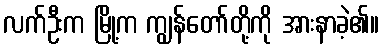
လက်ဦးက မြို့က ကျွန်တော်တို့ကို အားနာခဲ့၏။